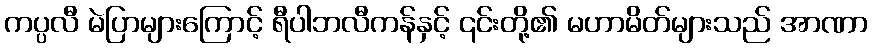
ကပ္ပလီ မဲပြာများကြောင့် ရီပါဘလီကန်နှင့် ၎င်းတို့၏ မဟာမိတ်များသည် အာဏာ